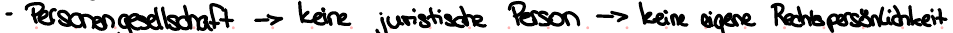
- Personengesellschaft -> keine juristische Person -> keine eigene Rechtspersönlichkeit